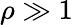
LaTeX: \rho\gg 1